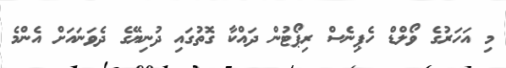
މި އަހަރުގެ ވޯލްޑް ހެޕިނެސް ރިޕޯޓުން ދައްކާ ގޮތުގައި ދުނިޔޭގެ ދެވަނައަށް އެންމެ